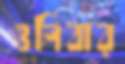
ওলিবার